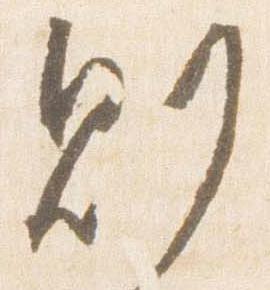
則